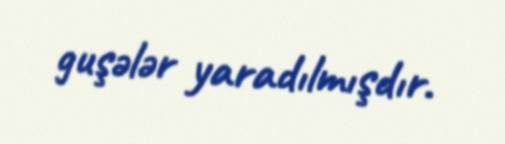
guşələr yaradılmışdır.